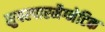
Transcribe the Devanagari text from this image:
सुपरपारमैग्नेटिक